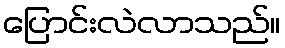
ပြောင်းလဲလာသည်။